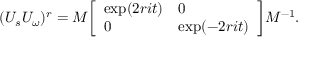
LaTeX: ( U _ { s } U _ { \omega } ) ^ { r } = M { \left[ \begin{array} { l l } { \exp ( 2 r i t ) } & { 0 } \\ { 0 } & { \exp ( - 2 r i t ) } \end{array} \right] } M ^ { - 1 } .